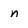
Character: n